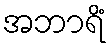
အဘာရိံ